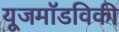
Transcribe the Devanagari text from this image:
यूजमॉडविकी